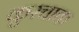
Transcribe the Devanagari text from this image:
कुस्चाक